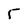
Character: 5